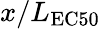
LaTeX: x/L_{\mathrm{EC50}}